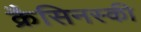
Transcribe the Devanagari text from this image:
क्रैसिनस्की